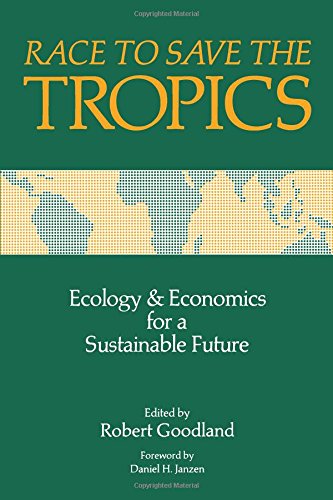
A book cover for Race to Save the Tropics: Ecology And Economics For A Sustainable Future; Science & Math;